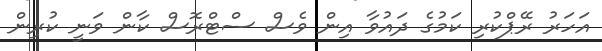
އަހަރު ރޭޕްކުރި ކަމުގެ ދައުވާ އިން ވެސް ސްޓްރޮސް ކާން ވަނީ ކުރިން